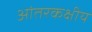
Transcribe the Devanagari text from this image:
आंतरकक्षीय